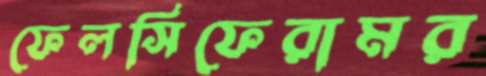
ফেলসিফেরামর